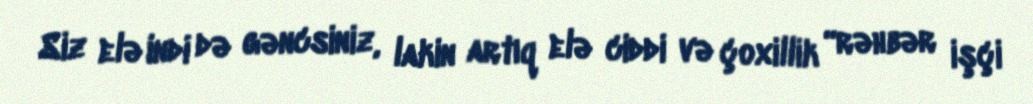
Siz elə indi də gəncsiniz, lakin artıq elə ciddi və çoxillik “rəhbər işçi